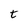
Character: t